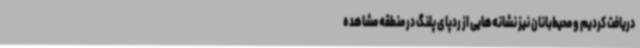
دریافت کردیم و محیط‌بانان نیز نشانه‌هایی از ردپای پلنگ در منطقه مشاهده